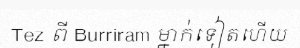
Tez ពី Burriram ម្នាក់ទៀតហើយ